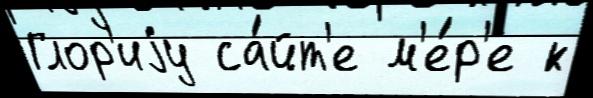
Глор'иjу са́йт'е м'е́р'е к